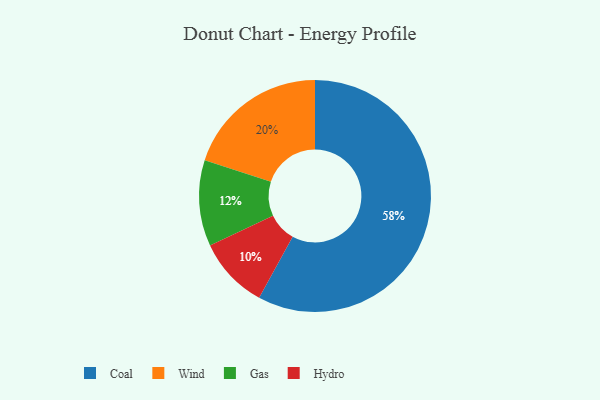
{"axis": {"x": "Category", "y": "Percentage"}, "legend": ["Coal", "Gas", "Hydro", "Wind"], "data": [{"x": "Coal", "y": 58, "type": "Coal"}, {"x": "Hydro", "y": 10, "type": "Hydro"}, {"x": "Gas", "y": 12, "type": "Gas"}, {"x": "Wind", "y": 20, "type": "Wind"}]}